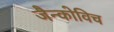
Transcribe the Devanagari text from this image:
जैन्कोविच